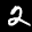
Label: 2